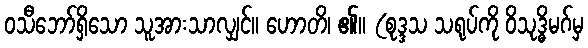
ဝသီဘော်ရှိသော သူအားသာလျှင်။ ဟောတိ၊ ၏။ (စုဒ္ဒသ သရုပ်ကို ဝိသုဒ္ဓိမဂ်မှ